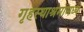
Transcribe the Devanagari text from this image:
गृहस्थाश्रमामध्ये